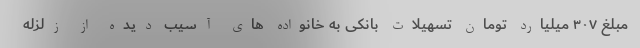
مبلغ ۳۰۷ میلیارد تومان تسهیلات بانکی به خانواده های آسیب دیده از زلزله